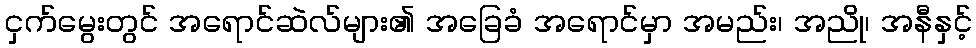
ငှက်မွေးတွင် အရောင်ဆဲလ်များ၏ အခြေခံ အရောင်မှာ အမည်း၊ အညို၊ အနီနှင့်